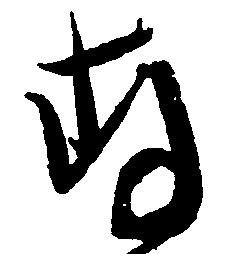
存